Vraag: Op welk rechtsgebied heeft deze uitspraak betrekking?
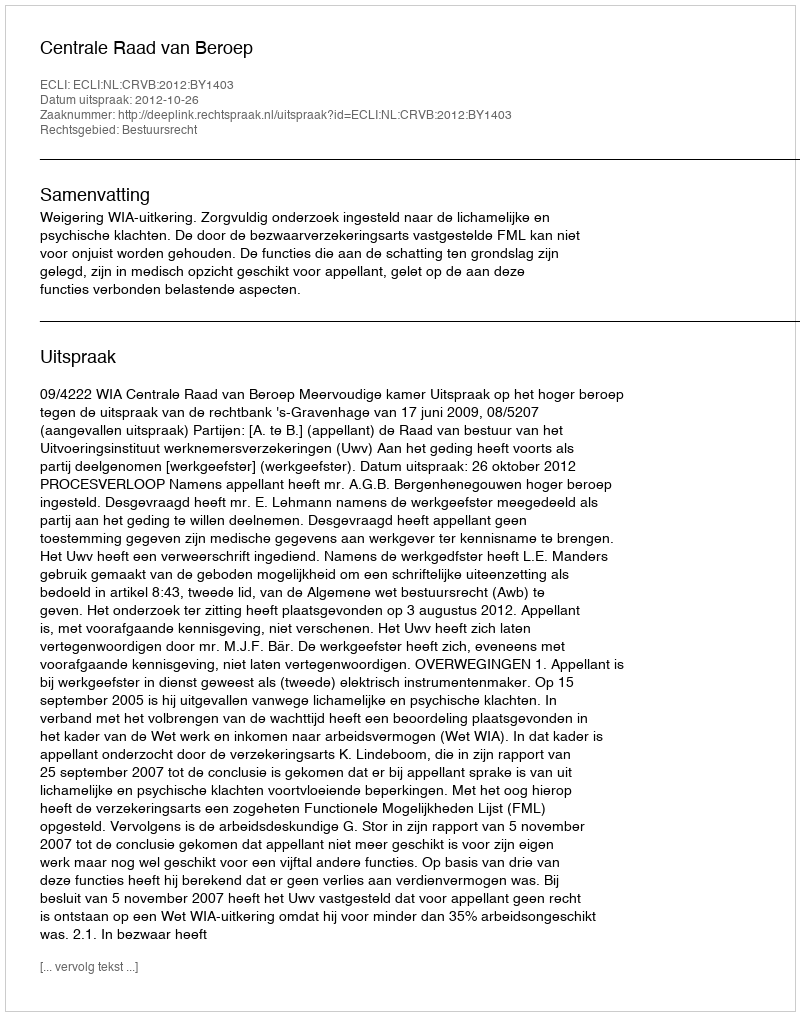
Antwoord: Bestuursrecht